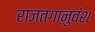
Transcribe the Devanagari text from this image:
राजतगानुवंश